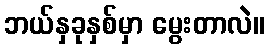
ဘယ်နှခုနှစ်မှာ မွေးတာလဲ။